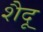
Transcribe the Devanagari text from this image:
शैदू